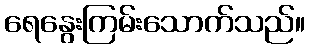
ရေနွေးကြမ်းသောက်သည်။